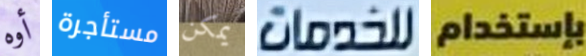
أوه مستأجرة يمكن للخدمات بإستخدام